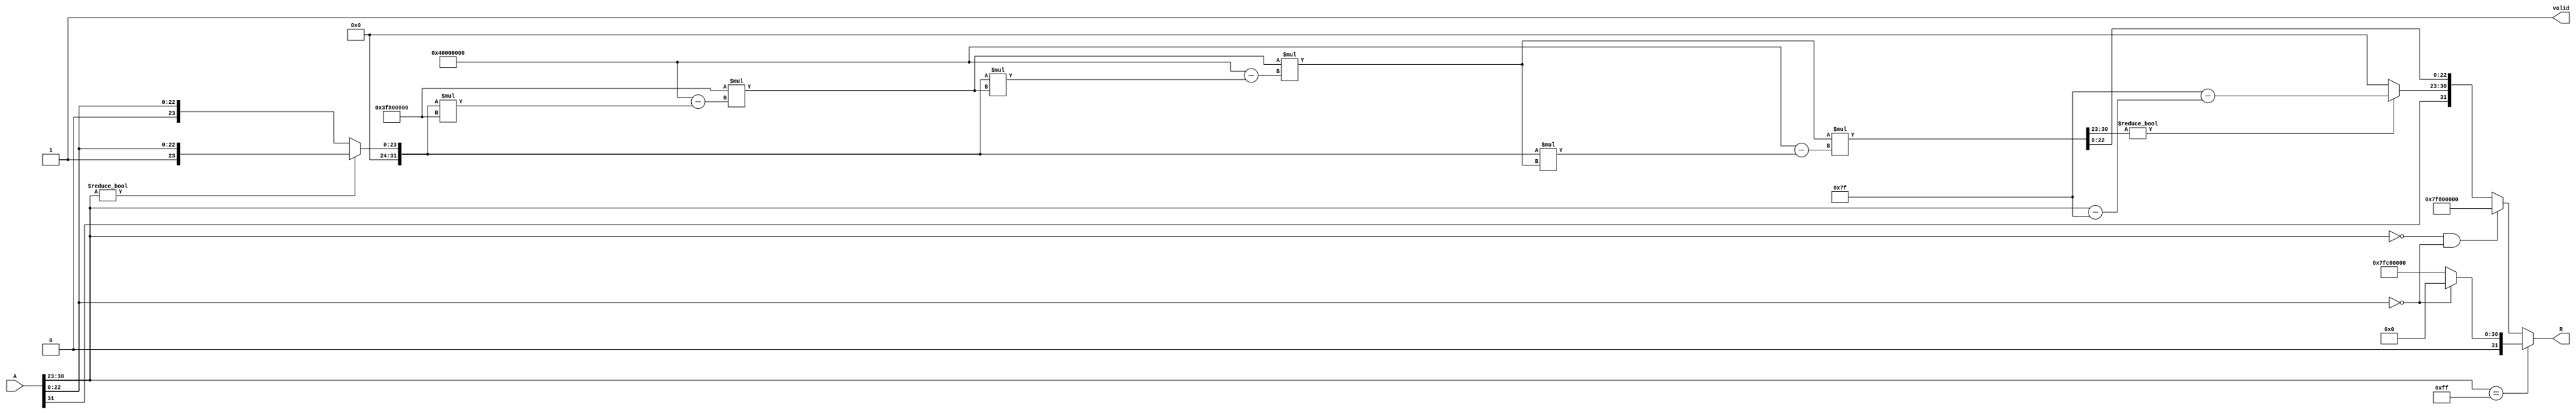
module floating_point_reciprocal (
    input wire [31:0] A,         // Input floating-point number
    output reg [31:0] R,         // Output reciprocal floating-point number
    output reg valid              // Output valid signal
);

    // Constants for IEEE 754
    localparam EXPONENT_BIAS = 127;
    localparam EXPONENT_WIDTH = 8;
    localparam MANTISSA_WIDTH = 23;
    
    // Internal signals
    reg sign;
    reg [EXPONENT_WIDTH-1:0] exponent;
    reg [MANTISSA_WIDTH-1:0] mantissa;
    reg [31:0] x;               // Approximation of 1/A
    reg [31:0] A_normalized;    // Normalized input
    reg [EXPONENT_WIDTH-1:0] exp_x; // Exponent of the result
    reg [MANTISSA_WIDTH-1:0] frac_x; // Mantissa of the result
    integer i;

    always @(*) begin
        // Initialize outputs
        R = 32'b0;
        valid = 1'b0;

        // Parse input A
        sign = A[31];
        exponent = A[30:23];
        mantissa = A[22:0];

        // Handle special cases
        if (exponent == 8'b11111111) begin // Infinity or NaN
            if (mantissa == 23'b0) begin // Infinity
                R = 32'b0; // 1/infinity = 0
                valid = 1'b1;
            end else begin // NaN
                R = 32'b01111111110000000000000000000000; // NaN representation
                valid = 1'b1;
            end
        end else if (exponent == 8'b0 && mantissa == 23'b0) begin // Zero
            R = 32'b01111111100000000000000000000000; // Infinity
            valid = 1'b1;
        end else begin
            // Normalize A
            if (exponent != 0) begin
                A_normalized = {1'b1, mantissa}; // Implicit leading 1 for normalized numbers
            end else begin
                A_normalized = {1'b0, mantissa}; // Denormalized number
            end

            // Start with an initial guess for 1/A
            x = 32'h3F800000; // Initial guess (1.0)

            // Newton-Raphson Iteration
            for (i = 0; i < 3; i = i + 1) begin
                x = x * (32'h40000000 - A_normalized * x); // x_n * (2 - A * x_n)
            end

            // Extract the exponent and mantissa from x
            exp_x = x[30:23];
            frac_x = x[22:0];

            // Normalize the result
            if (exp_x != 0) begin
                exp_x = EXPONENT_BIAS - (exponent - EXPONENT_BIAS); // Adjust exponent for reciprocal
            end else begin
                exp_x = 0; // Denormalized result
            end

            // Combine results into final output
            R = {sign, exp_x, frac_x};
            valid = 1'b1;
        end
    end
endmodule